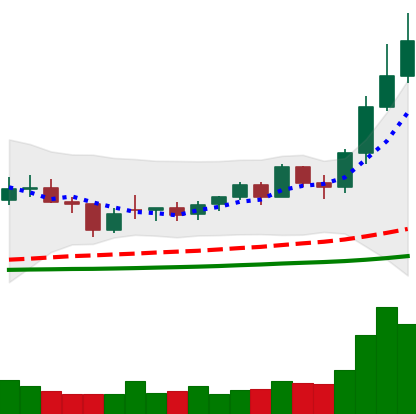
Ticker: NEO-USD
Chart end date: 2021-02-11
Forward return: 12.554%
Label: up_7plus